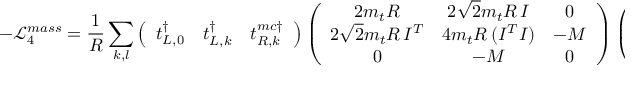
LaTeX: - { \mathcal L } _ { 4 } ^ { m a s s } = \frac { 1 } { R } \sum _ { k , l } \left( \begin{array} { c c c } { { t _ { L , 0 } ^ { \dagger } } } & { { t _ { L , k } ^ { \dagger } } } & { { t _ { R , k } ^ { m c \dagger } } } \end{array} \right) \left( \begin{array} { c c c } { { 2 m _ { t } R } } & { { 2 \sqrt { 2 } m _ { t } R \, I } } & { { 0 } } \\ { { 2 \sqrt { 2 } m _ { t } R \, I ^ { T } } } & { { 4 m _ { t } R \, ( I ^ { T } I ) } } & { { - M } } \\ { { 0 } } & { { - M } } & { { 0 } } \end{array} \right) \left( \begin{array} { c } { { t _ { R , 0 } } } \\ { { t _ { R , l } } } \\ { { t _ { L , l } ^ { m c } } } \end{array} \right) + \, h . c .